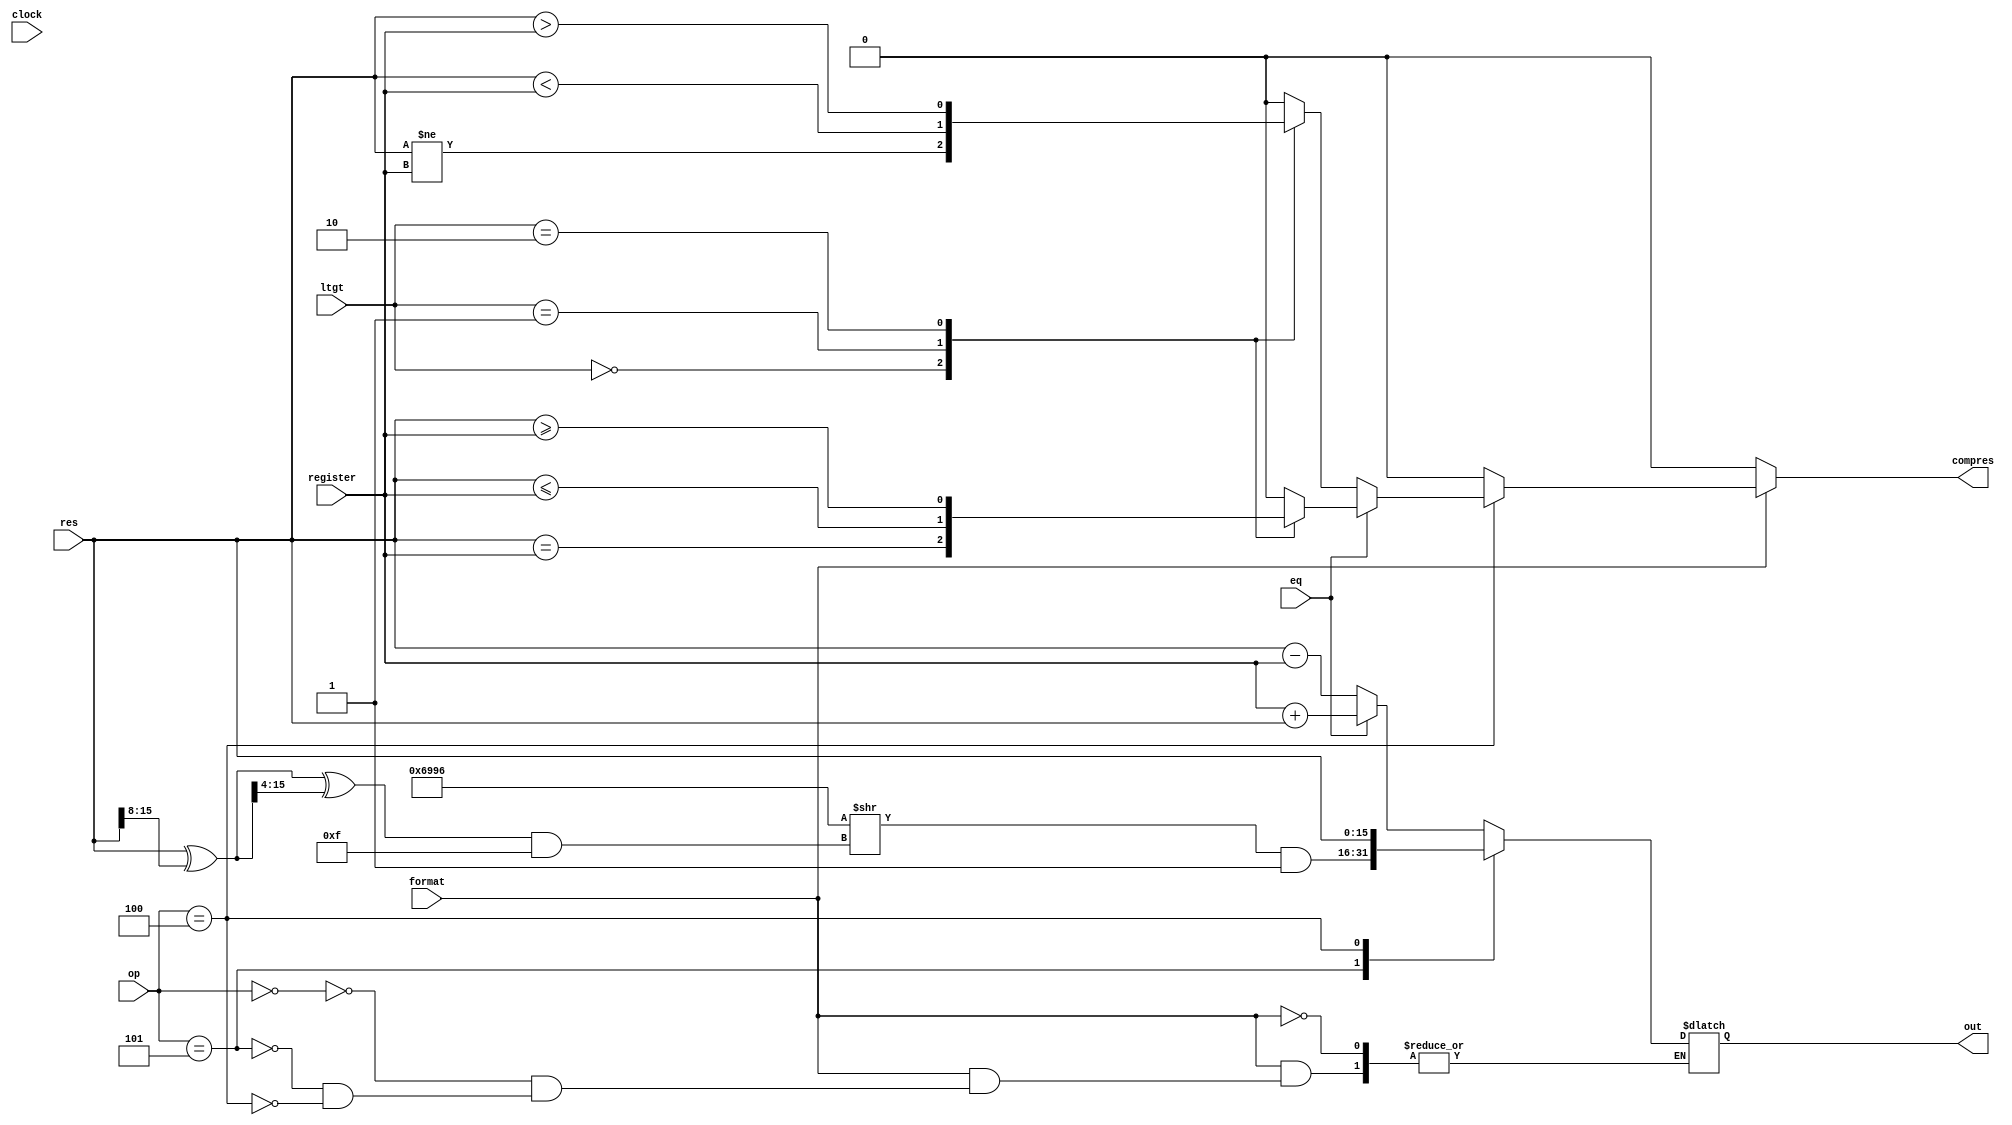
`timescale 1ns / 1ns

`define op_add 3'b000
`define op_sub 3'b001
`define op_epar 3'b101
`define op_branch 3'b100

module ALU
(
	input clock,
	input [15:0] res,
   input [15:0] register,
	input [2:0] ltgt,
	input eq,
	output reg compres,
   output reg [15:0] out,
   input [3:0] op,
	input format
);

  reg [15:0] x;
  
  initial begin
	compres = 0;
  end
  
  always @ (op or res or register or format)
  begin
		compres <= 0;
		if (format) begin
		$display("opcode: %d", op);
		case(op)
			`op_add: begin
				if (eq) begin
					out <= register + res;
				end else begin
					out <= res - register;
				end
			end
			`op_epar: begin
				x = res;
				x = x ^ (x >> 8);
				x = x ^ (x >> 4);
				x = x & 8'h0F;
				out = ((16'h6996 >> x) & 1);
			end 
			`op_branch: begin
				// input res is $c1
				// input register is $c2
				out = res;
				$display("ltgt: %d", ltgt);
				if (eq) begin
					case(ltgt)
						0:	compres <= res == register;
						1: compres <= res <= register;
						2: compres <= res >= register;
					endcase
				end else begin
					case(ltgt)
						0: compres <= res != register;
						1: compres <= res < register;
						2: compres <= res > register;
					endcase
				end
			end
		endcase
		end
  end
endmodule